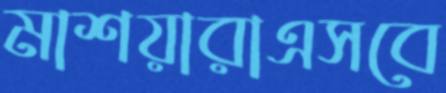
মাশয়ারাএসবে